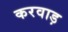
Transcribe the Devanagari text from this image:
करवाड़